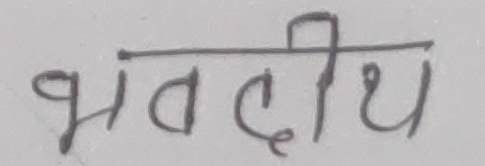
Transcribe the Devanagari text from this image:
भवदीय